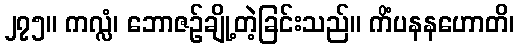
၂၇၅။ ကလ္လံ၊ ဘောဇဉ်ချို့တဲ့ခြင်းသည်။ ကိံပနနဟောတိ၊